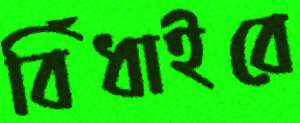
বিঁধাইবে